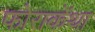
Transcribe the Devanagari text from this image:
फोराकेंथा